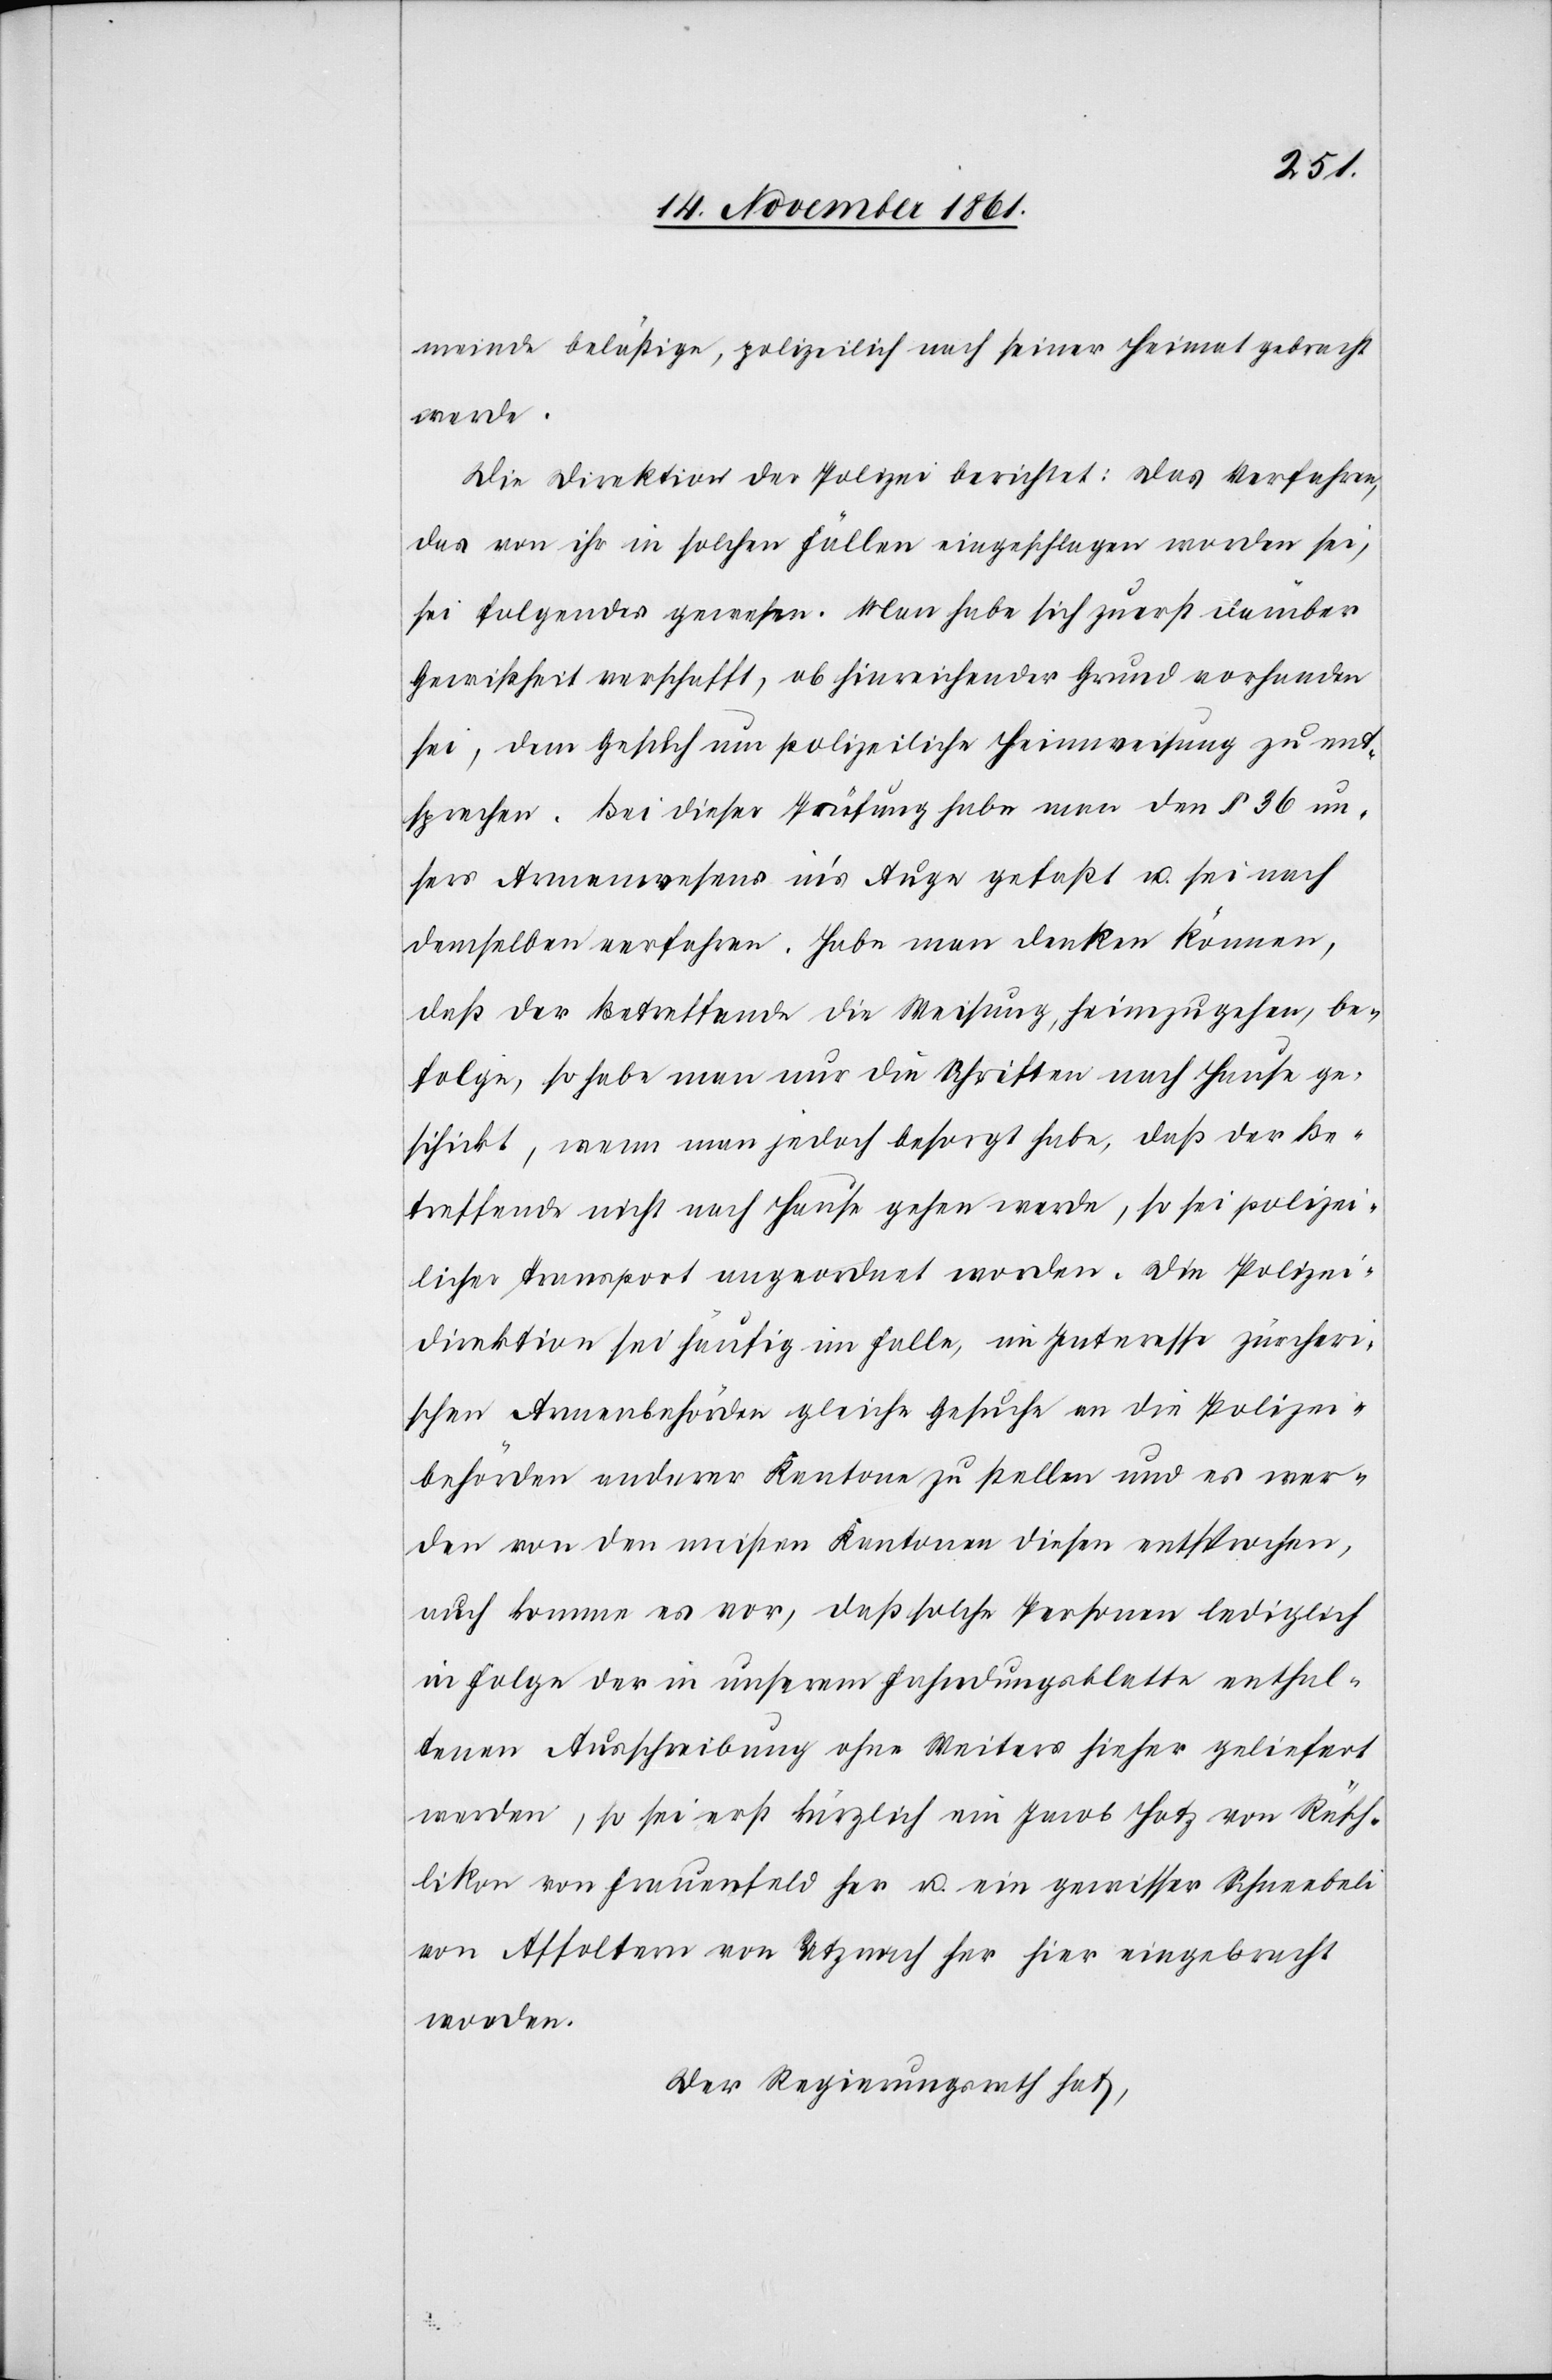
meinde belästige, polizeilich nach seiner Heimat gebracht
werde.
Die Direktion der Polizei berichtet: Das Verfahren,
das von ihr in solchen Fällen eingeschlagen worden sei,
sei folgendes gewesen. Man habe sich zuerst darüber
Gewißheit verschafft, ob hinreichender Grund vorhanden
sei, dem Gesuch um polizeliche Heimweisung zu ent¬
sprechen. Bei dieser Prüfung habe man den § 36 un¬
sers Armenwesens in’s Auge gefaßt u. sei nach
demselben verfahren. Habe man denken können,
daß der Betreffende die Weisung, heim zu gehen, be¬
folge, so habe man nur die Schriften nach Hause ge¬
schickt, wenn man jedoch besorgt habe, daß der Be¬
treffende nicht nach Hause gehen werde, so sei polizei¬
licher Transport angeordnet worden. Die Polizei¬
direktion sei häufig im Falle, im Interesse zürcheri¬
schen Armenbehörden gleiche Gesuche an die Polizei¬
behörden anderer Kantone zu stellen und es wer¬
den von den meisten Kantonen diesen entsprochen,
auch komme es vor, daß solche Personen lediglich
in Folge der in unserem Fahndungsblatte enthal¬
tenen Ausschreibung ohne Weiters hieher geliefert
werden, so sei erst kürzlich ein Jacob Hotz von Rüsch¬
likon von Frauenfeld her u. ein gewisser Schneebeli
von Affoltern von Utznach her hier eingebracht
worden.
Der Regierungsrath hat,